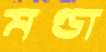
মণ্ডা